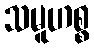
သမူဟစ္စ